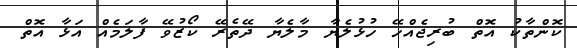
ކޮންތާކު އޮތް ބުރިޖެއްހޭ ހުޅުލެޔާ މާލެޔާ ދޭތެރޭ ކޯޒުވޭ ފާލަމެއް އަޅާ އޮތް